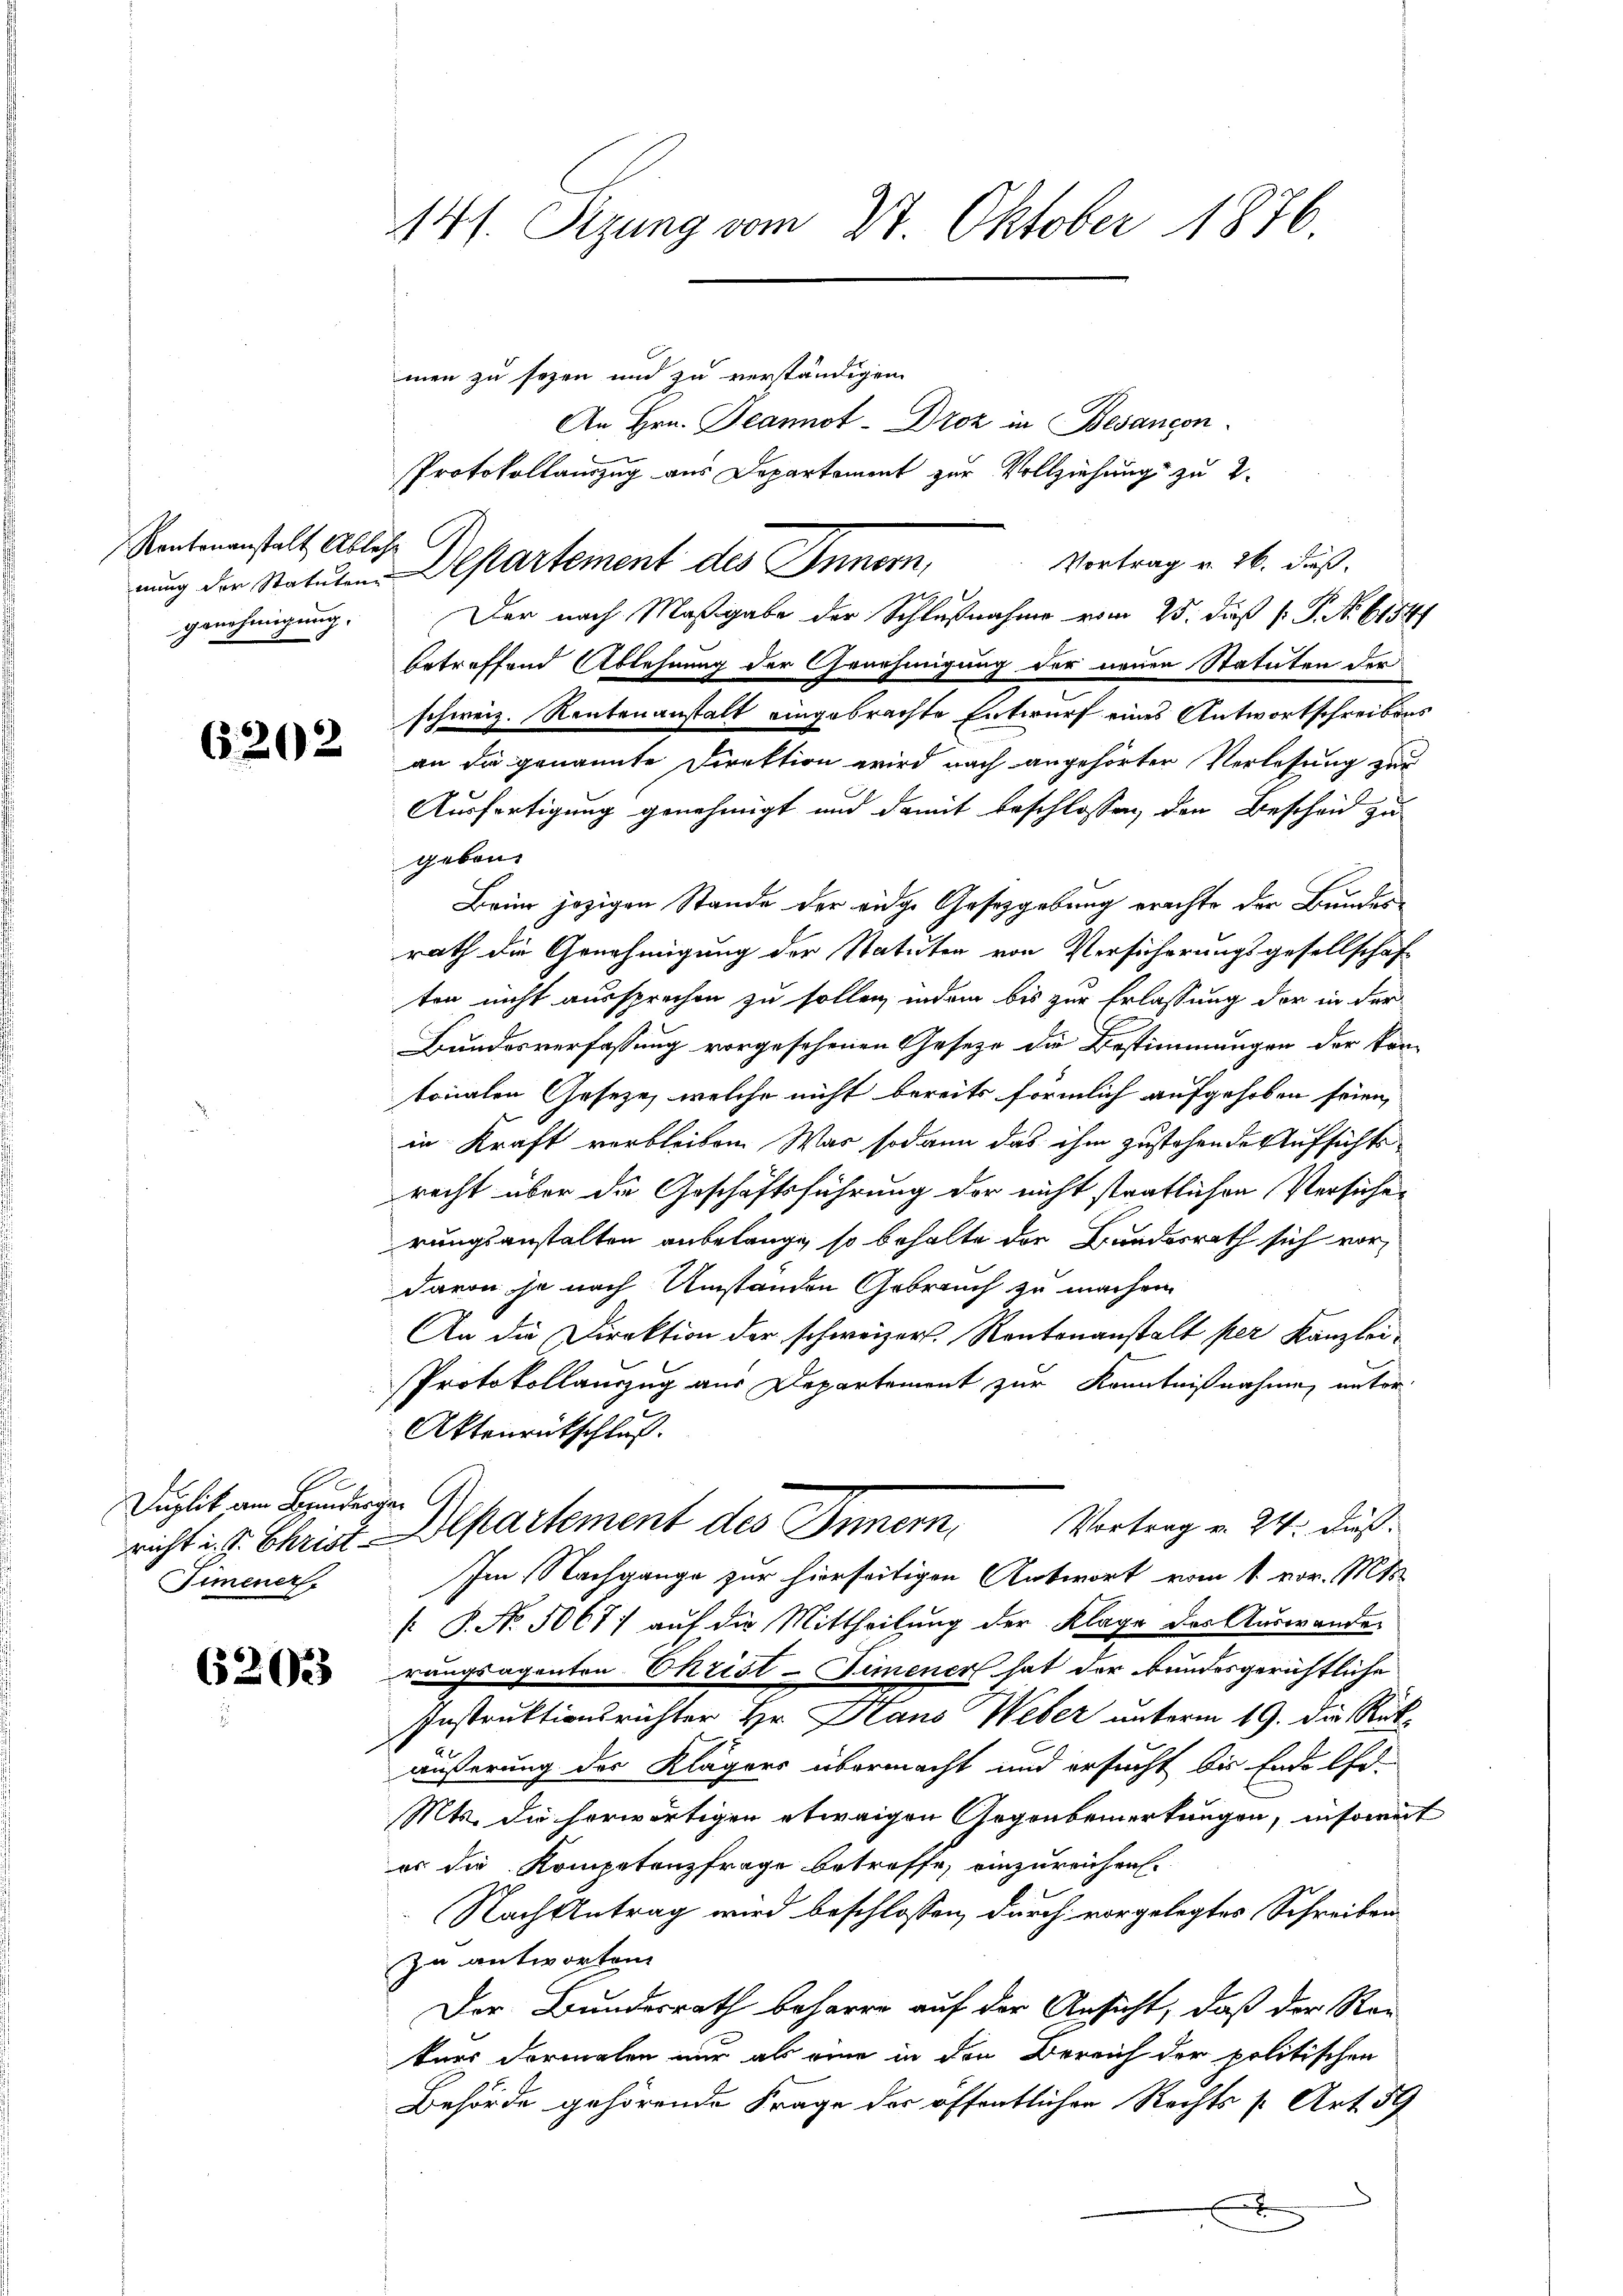
Rentenanstalt Ablehe
genehmigung.

6202

e.
Duplik am Brinderger
Fimener,

6203

14/. Sizung vom 27. Oktober 1876.

men zu seyen und zu verständigen
An Hrn. Jeannot - Droz in Besancon
Protokollauszug aus Departement zur Vollziehung zu 2.
Vortrag v. 26. dieß.
Der nach Maßgabe der Schlußnahme vom 25. dieß P. P. No. 6184/
betreffend Ablehnung der Genehmigung der neuen Statuten der
schweiz. Rentenanstalt eingebrachte Entwurf eines Antwortschreibens
an die genannte Direktion wird nach angehörter Verlesung zur
Ausfertigung genehmigt und damit beschlossen, den Bescheid zu
geben
Bein jezigen Stande der eidge Gesetzgebung erachte der Bunderrath die Genehmigung der Statuten von Verführungsgesellschaft
ten nicht aussprechen zu sollen, indem bis zur Erlassung der in der
Bundesverfassung vorgesehenen Gesetze die Bestimmungen der kantonalen Geseze, welche nicht bereits förmlich aufgehoben seien,
in Kraft verbleiben. War sodann das ihm zustehende Aufsichts
recht über die Geschäftsführung der nicht stratlichen Versicherungsanstalten anbelange, so behalte der Bundesrath sich vordavon je nach Umständen Gebrauch zu machen.
An die Direktion der schweizer. Rentenanstalt per Kanzlei-
Protokollauszug aus Departement zur Kenntnißnahme, unter
Aktenrückschluß.
richt u. s. Christ. Departement des Innern, Vertrag v. 24. daß
Im Nachgange zur hierseitigen Antwort vom 1. vor. Mts.
[ P. No. 5067) auf die Mittheilung der Klage des Auswander
rungsagenten Ehrist-Simener hat der bundesgerichtliche
Instruktionsrichter Hr. Haus Weber unterm 19. die Rükäußerung des Klägers übermacht und ersucht bis Ende Ehe-
Mts. die herwärtigen etwaigen Gegenbemerkungen, insoweit
es die Kompetenzfrage betreffe, einzureichen.
Nach Antrag wird beschlossen, durch vorgelegtes Schreiben
zu antworten
Der Bundesrath beharre auf der Ansicht, daß der Rei
kurs dormalen nur als eine in den Bereich der politischen
Behörde gehörende Frage der öffentlichen Rechts s. Art. 59
A
x

nung der Statuten Departement des Innern,